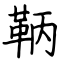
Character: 鞆